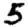
Digit: 5